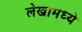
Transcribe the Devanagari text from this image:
लेखामध्येे